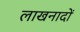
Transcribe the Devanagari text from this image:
लाखनादों